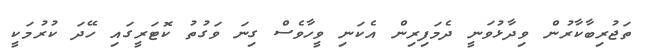
ތަޖުރިބާކާރުން ވިދާޅުވަނީ ދެމަފިރިން އެކަނި ވީހާވެސް ގިނަ ވަގުތު ކޮޓަރީގައި ހޭދަ ކުރުމަކީ